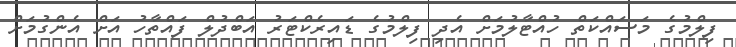
ފިލްމުގެ މަސައްކަތް ހުއްޓާލުމަށް އެދި ފިލްމުގެ ޑައިރެކްޓަރު އަބްދުލް ފައްތާހު އަށް އެންގުމަށް